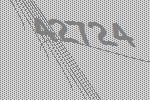
42724